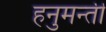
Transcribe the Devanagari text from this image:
हनुमन्ती